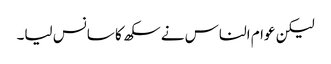
لیکن عوام الناس نے سکھ کا سانس لیا۔